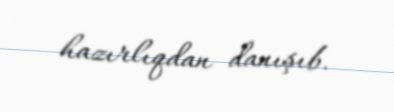
hazırlıqdan danışıb.